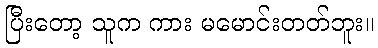
ပြီးတော့ သူက ကား မမောင်းတတ်ဘူး။